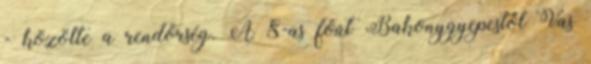
- közölte a rendőrség. A 8-as főút Bakonygyepestől Vas